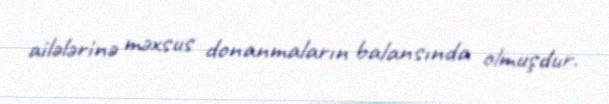
ailələrinə məxsus donanmaların balansında olmuşdur.